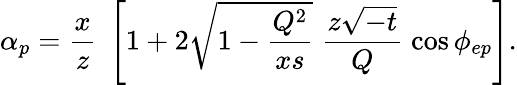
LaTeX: \alpha_{p}={\frac{x}{z}}\; \left[1+2\sqrt{1-\frac{Q^{2}}{xs}}\; \frac{z\sqrt{-t}}{Q}\; \cos\phi_{ep}\right].